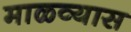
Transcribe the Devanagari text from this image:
माळव्यास